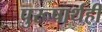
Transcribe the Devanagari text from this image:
पुरूषार्थही